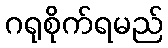
ဂရုစိုက်ရမည်